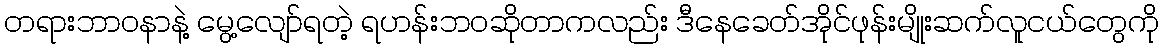
တရားဘာဝနာနဲ့ မွေ့လျော်ရတဲ့ ရဟန်းဘဝဆိုတာကလည်း ဒီနေခေတ်အိုင်ဖုန်းမျိုးဆက်လူငယ်တွေကို